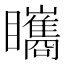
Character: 𥍋